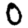
Digit: 0